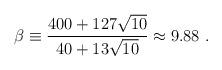
LaTeX: \begin{align*}\beta\equiv {{400+127\sqrt{10}}\over{40+13\sqrt{10}}}\approx 9.88~.\end{align*}